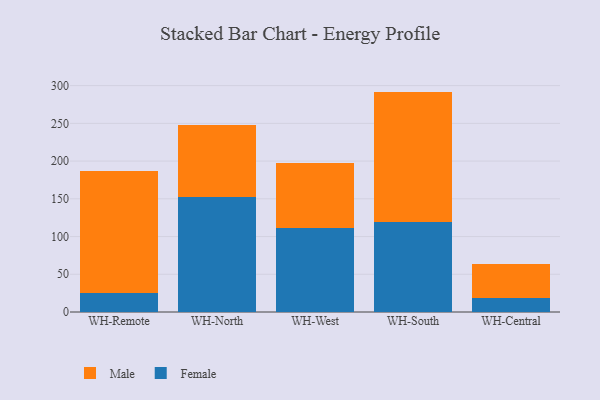
{"axis": {"x": "Warehouse", "y": "Energy Usage (MWh)"}, "legend": ["Female", "Male"], "data": [{"x": "WH-Remote", "y": 25.6, "type": "Female"}, {"x": "WH-Remote", "y": 160.7, "type": "Male"}, {"x": "WH-North", "y": 152.7, "type": "Female"}, {"x": "WH-North", "y": 95.3, "type": "Male"}, {"x": "WH-West", "y": 111.0, "type": "Female"}, {"x": "WH-West", "y": 86.3, "type": "Male"}, {"x": "WH-South", "y": 119.9, "type": "Female"}, {"x": "WH-South", "y": 172.2, "type": "Male"}, {"x": "WH-Central", "y": 17.9, "type": "Female"}, {"x": "WH-Central", "y": 45.5, "type": "Male"}]}